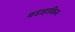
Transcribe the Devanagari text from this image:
बडाहाकिम